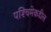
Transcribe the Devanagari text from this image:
पश्‍चिमेकडील